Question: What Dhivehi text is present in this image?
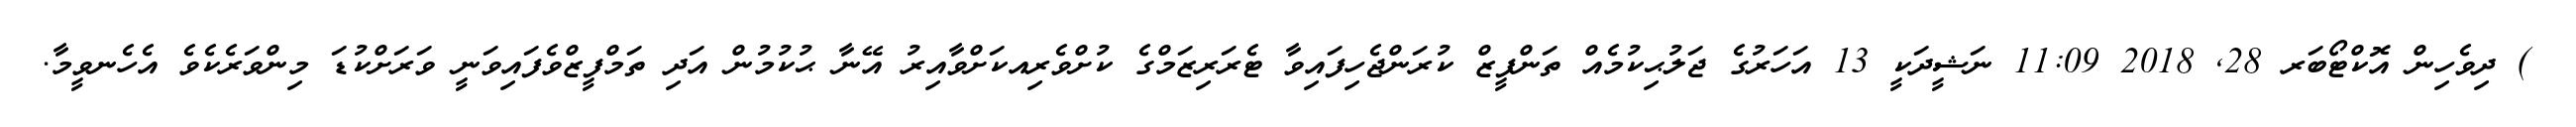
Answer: ) ދިވެހިން އޮކްޓޯބަރ 28, 2018 11:09 ނަޝީދަކީ 13 އަހަރުގެ ޖަލުޙިކުމެއް ތަންފީޒް ކުރަންޖެހިފައިވާ ޓެރަރިޒަމްގެ ކުށްވެރިއކަށްވާއިރު އޭނާ ޙުކުމުން އަދި ތަމްފީޒްވެފައިވަނީ ވަރަށްކުޑަ މިންވަރެކެވެ އެހެނވީމާ.